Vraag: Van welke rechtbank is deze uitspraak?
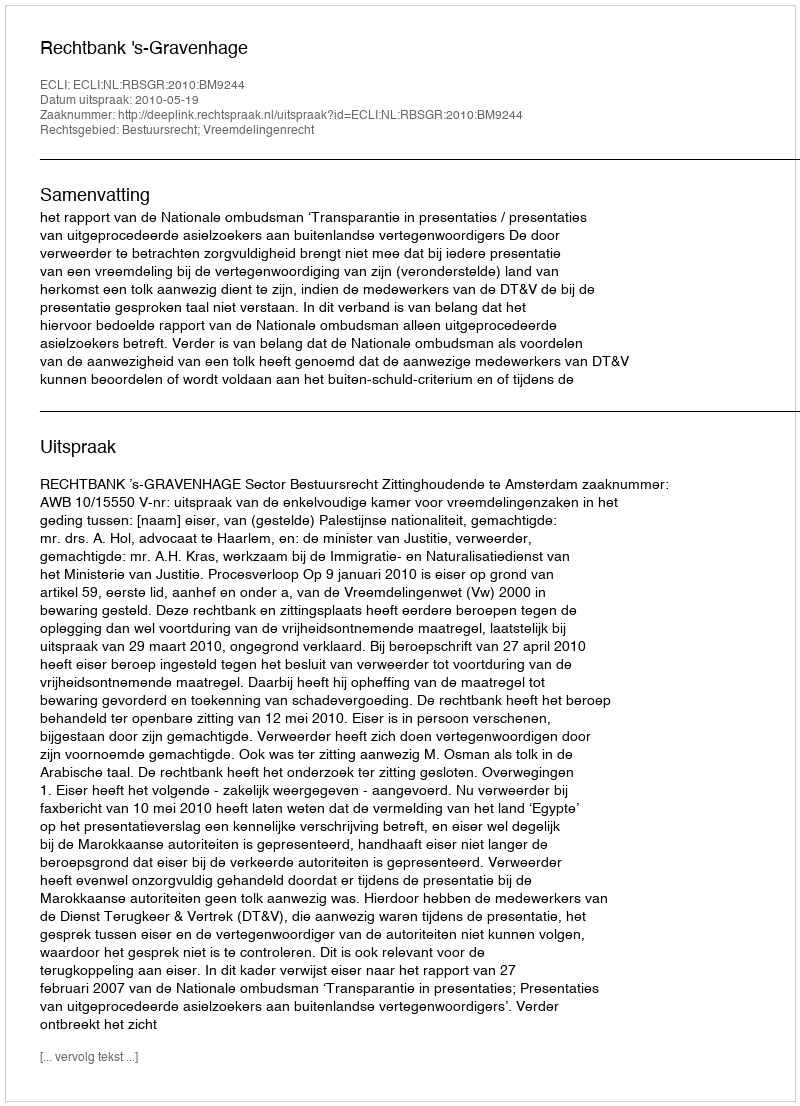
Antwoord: Rechtbank 's-Gravenhage